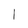
Character: l